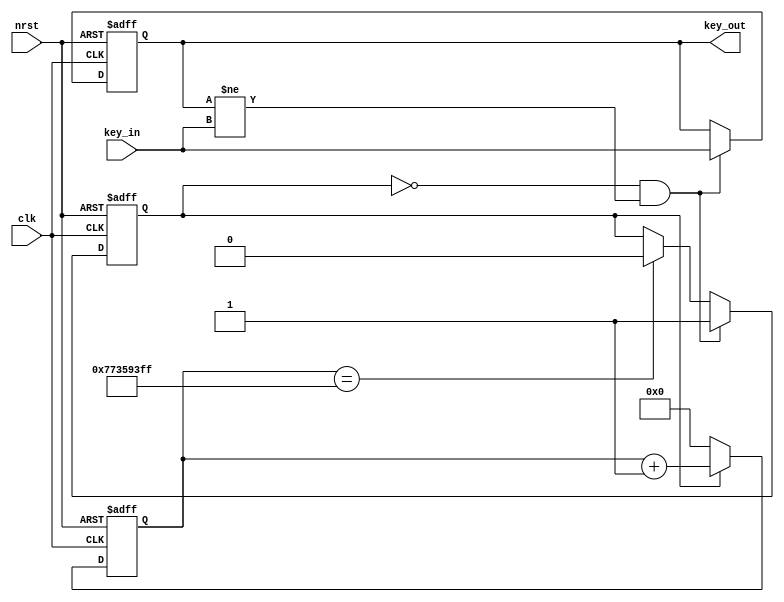
`timescale 1ns / 1ps
//////////////////////////////////////////////////////////////////////////////////
// Company: 
// Engineer: 
// 
// Design Name: 
// Module Name: debounce
// Project Name: 
// Target Devices: 
// Tool Versions: 
// Description: 
// 
// Dependencies: 
// 
// Revision:
// Revision 0.01 - File Created
// Additional Comments:
// 
//////////////////////////////////////////////////////////////////////////////////


module debounce(
    input wire clk, nrst,
    input wire key_in,
    output reg key_out
    );

	//localparam TIME_20MS = 1_000_000;
    localparam TIME_20MS = 2_000_000_000; // just for test

    reg key_cnt;
    reg [30:0] cnt;

    always @(posedge clk or negedge nrst) begin
        if(nrst == 0)
            key_cnt <= 0;
        else if(key_cnt == 0 && key_out != key_in)
            key_cnt <= 1;
        else if(cnt == TIME_20MS - 1)
            key_cnt <= 0;
    end

    always @(posedge clk or negedge nrst) begin
        if(nrst == 0)
            cnt <= 0;
        else if(key_cnt)
            cnt <= cnt + 1'b1;
        else
            cnt <= 0;
    end

    always @(posedge clk or negedge nrst) begin
        if(nrst == 0)
            key_out <= 0;
        //key_inkey_out3
        //20ms
        else if(key_cnt == 0 && key_out != key_in)
            key_out <= key_in;
    end
endmodule